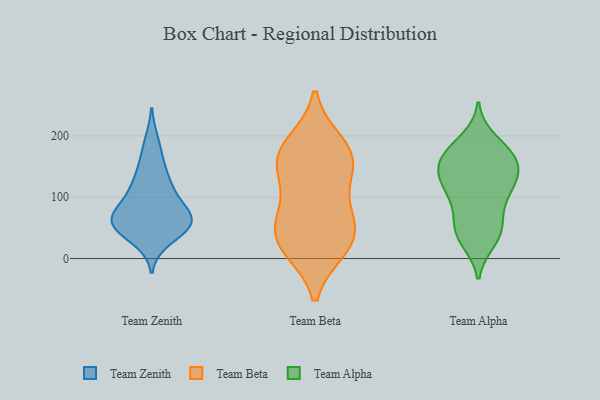
{"axis": {"x": "Humidity (%)", "y": "Value"}, "legend": ["Team Alpha", "Team Beta", "Team Zenith"], "data": [{"x": "", "y": 65, "type": "Team Zenith"}, {"x": "", "y": 190, "type": "Team Zenith"}, {"x": "", "y": 133, "type": "Team Zenith"}, {"x": "", "y": 160, "type": "Team Zenith"}, {"x": "", "y": 60, "type": "Team Zenith"}, {"x": "", "y": 55, "type": "Team Zenith"}, {"x": "", "y": 96, "type": "Team Zenith"}, {"x": "", "y": 68, "type": "Team Zenith"}, {"x": "", "y": 57, "type": "Team Zenith"}, {"x": "", "y": 120, "type": "Team Zenith"}, {"x": "", "y": 56, "type": "Team Zenith"}, {"x": "", "y": 71, "type": "Team Zenith"}, {"x": "", "y": 49, "type": "Team Zenith"}, {"x": "", "y": 32, "type": "Team Zenith"}, {"x": "", "y": 107, "type": "Team Zenith"}, {"x": "", "y": 186, "type": "Team Beta"}, {"x": "", "y": 163, "type": "Team Beta"}, {"x": "", "y": 153, "type": "Team Beta"}, {"x": "", "y": 24, "type": "Team Beta"}, {"x": "", "y": 18, "type": "Team Beta"}, {"x": "", "y": 25, "type": "Team Beta"}, {"x": "", "y": 85, "type": "Team Beta"}, {"x": "", "y": 64, "type": "Team Beta"}, {"x": "", "y": 142, "type": "Team Beta"}, {"x": "", "y": 52, "type": "Team Beta"}, {"x": "", "y": 174, "type": "Team Beta"}, {"x": "", "y": 171, "type": "Team Alpha"}, {"x": "", "y": 123, "type": "Team Alpha"}, {"x": "", "y": 39, "type": "Team Alpha"}, {"x": "", "y": 128, "type": "Team Alpha"}, {"x": "", "y": 104, "type": "Team Alpha"}, {"x": "", "y": 163, "type": "Team Alpha"}, {"x": "", "y": 47, "type": "Team Alpha"}, {"x": "", "y": 29, "type": "Team Alpha"}, {"x": "", "y": 112, "type": "Team Alpha"}, {"x": "", "y": 161, "type": "Team Alpha"}, {"x": "", "y": 63, "type": "Team Alpha"}, {"x": "", "y": 178, "type": "Team Alpha"}, {"x": "", "y": 137, "type": "Team Alpha"}, {"x": "", "y": 82, "type": "Team Alpha"}, {"x": "", "y": 163, "type": "Team Alpha"}, {"x": "", "y": 152, "type": "Team Alpha"}, {"x": "", "y": 39, "type": "Team Alpha"}, {"x": "", "y": 193, "type": "Team Alpha"}, {"x": "", "y": 123, "type": "Team Alpha"}]}